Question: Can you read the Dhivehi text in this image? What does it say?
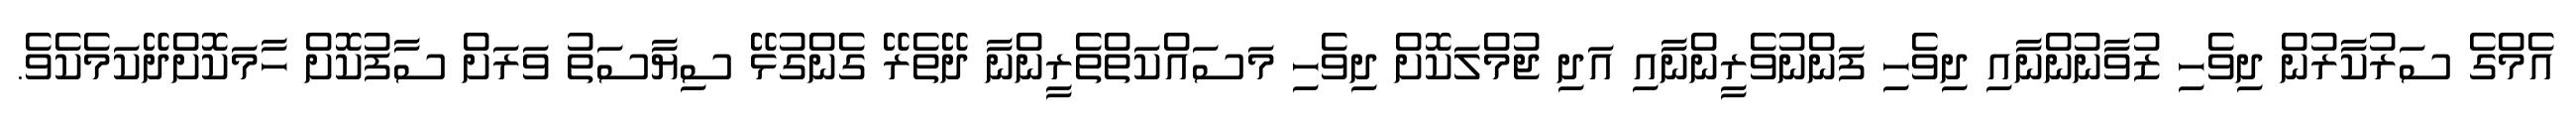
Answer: އެމްގެ ސަރުކާރުން ދިވެހި ޒުވާނުންނާއި ދިވެހި ފަންނުވެރީންނާއި އަދި ޖުމްލަކޮށް ދިވެހި މަސައްކަތްތެރީންނާ ދޭތެރޭ ގެންގުޅޭ ސިޔާސަތު ވަރަށް ސާފުކޮށް ހާމަކޮށްދޭކަމެކެވެ.